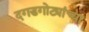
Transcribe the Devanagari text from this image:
दगडगोट्यांच्या